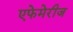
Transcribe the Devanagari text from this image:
एफेमेरीज